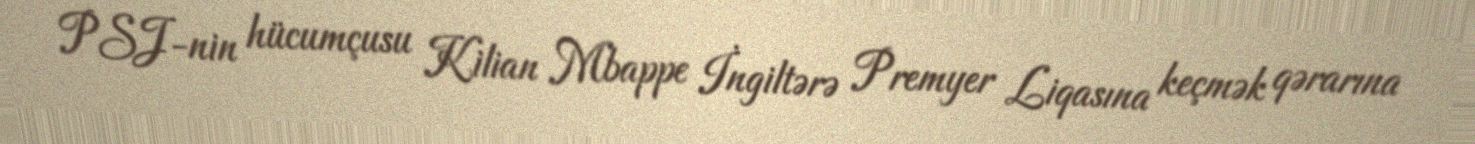
PSJ-nin hücumçusu Kilian Mbappe İngiltərə Premyer Liqasına keçmək qərarına